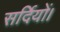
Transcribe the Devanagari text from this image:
सर्दियों।